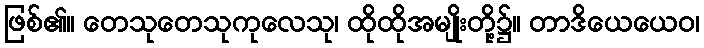
ဖြစ်၏။ တေသုတေသုကုလေသု၊ ထိုထိုအမျိုးတို့၌။ တာဒိယေယေဝ၊